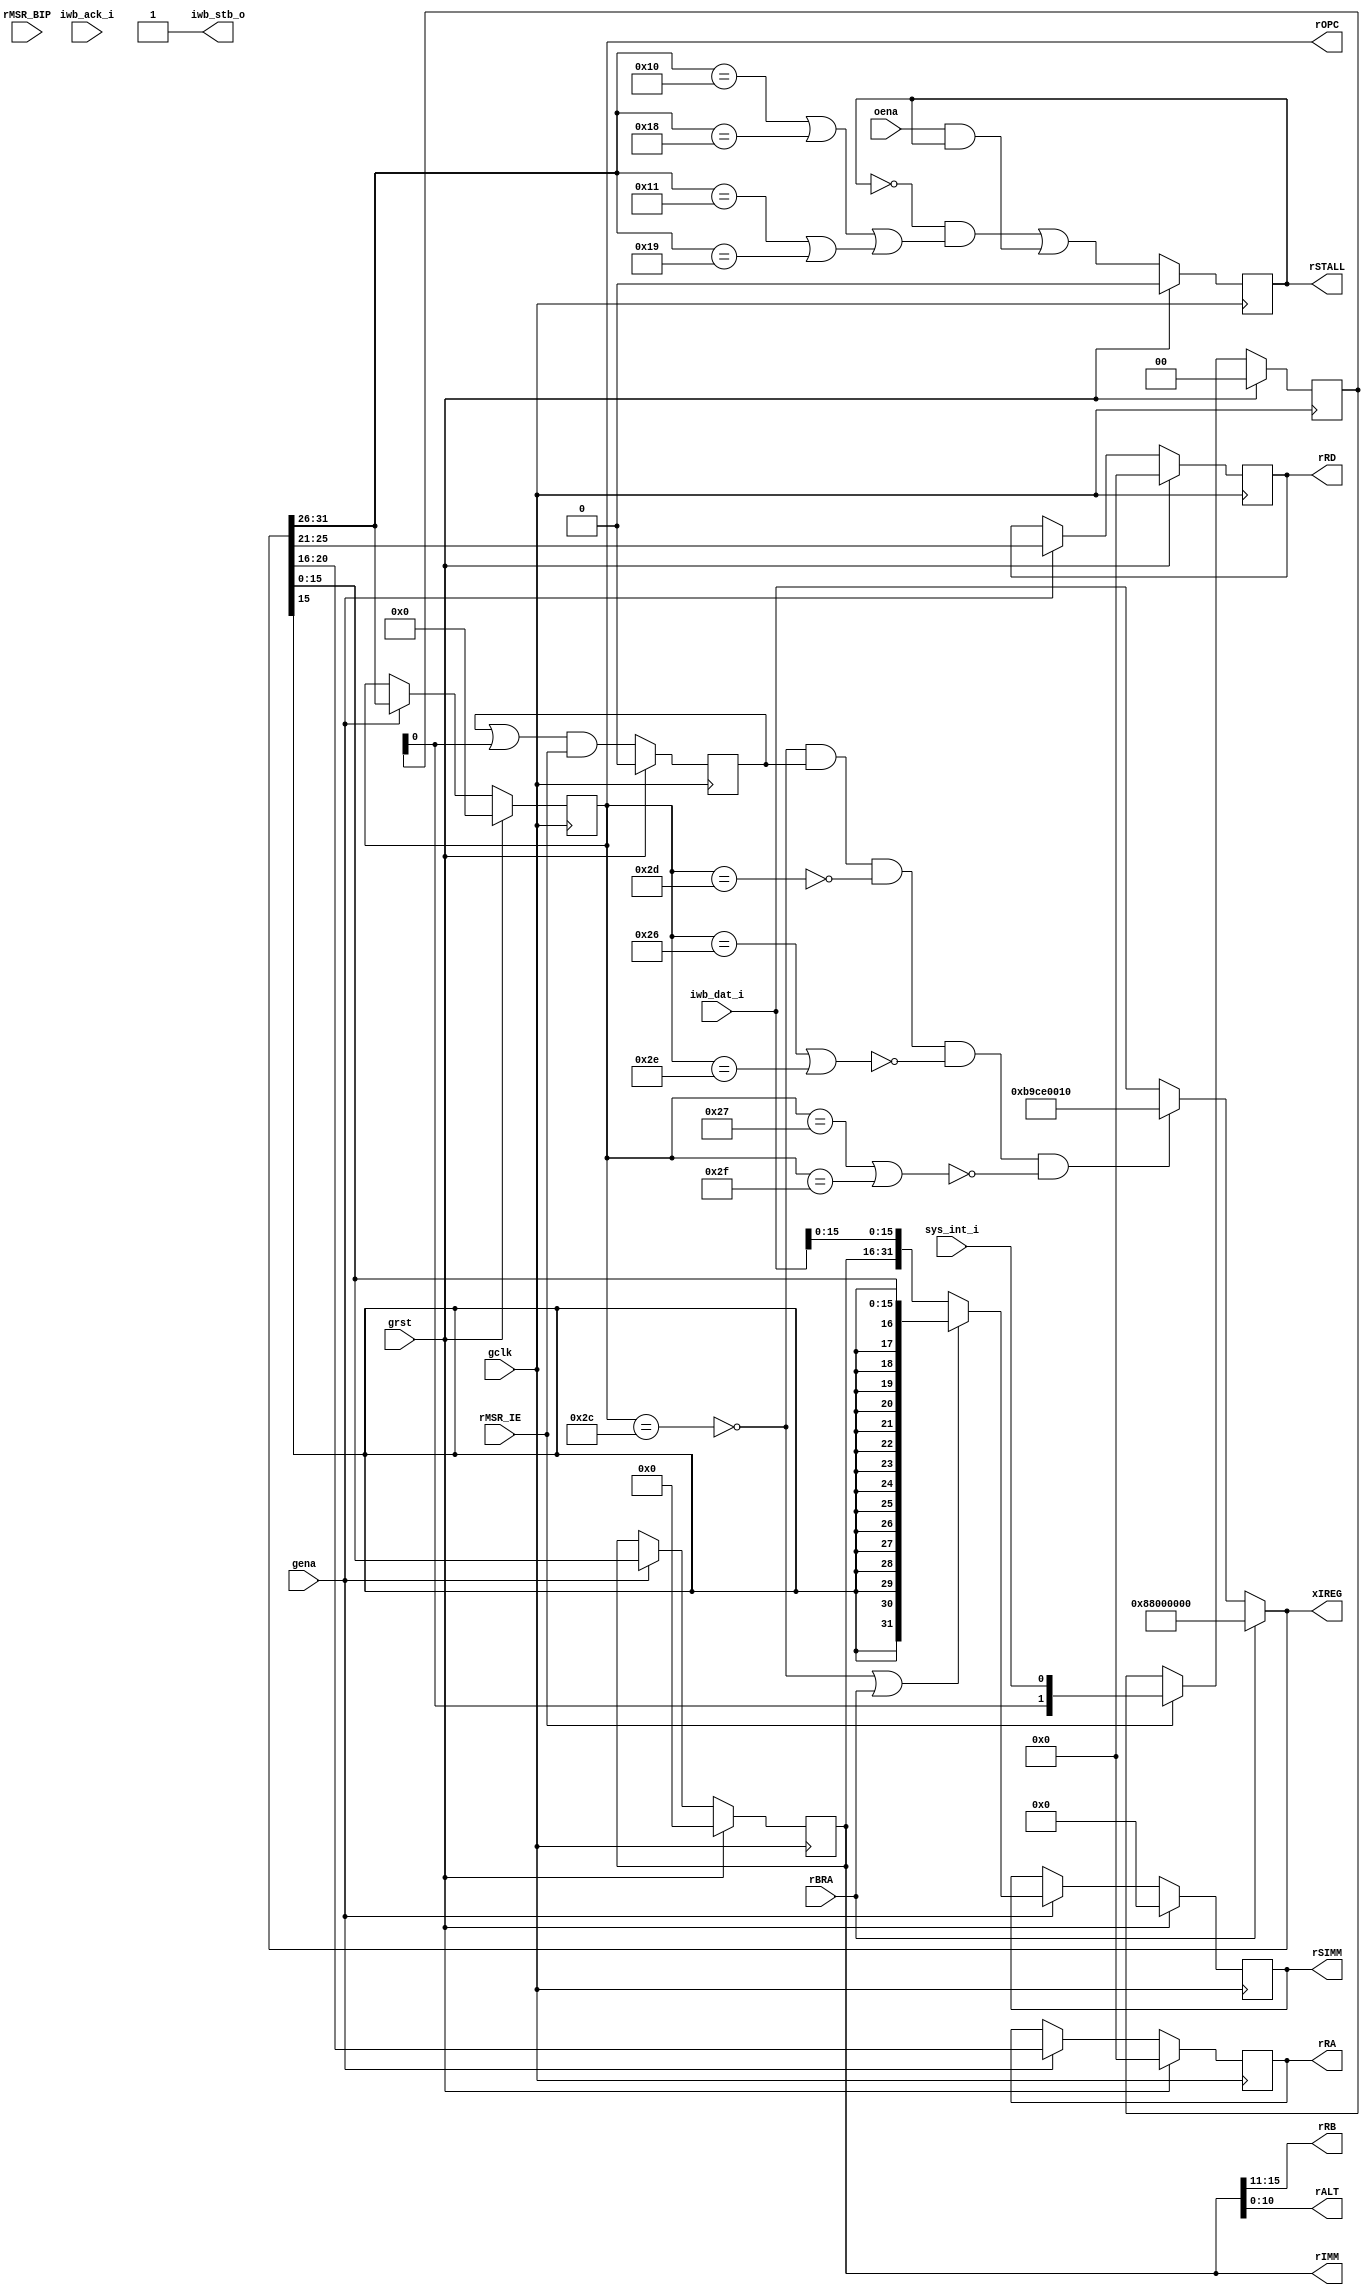
module aeMB_ibuf_1 (
   rIMM, rRA, rRD, rRB, rALT, rOPC, rSIMM, xIREG, rSTALL, iwb_stb_o,
   rBRA, rMSR_IE, rMSR_BIP, iwb_dat_i, iwb_ack_i, sys_int_i, gclk,
   grst, gena, oena
   );
   output [15:0] rIMM;
   output [4:0]  rRA, rRD, rRB;
   output [10:0] rALT;
   output [5:0]  rOPC;
   output [31:0] rSIMM;
   output [31:0] xIREG;
   output 	 rSTALL;   
   input 	 rBRA;
   input 	 rMSR_IE;
   input 	 rMSR_BIP;   
   output 	 iwb_stb_o;
   input [31:0]  iwb_dat_i;
   input 	 iwb_ack_i;
   input 	 sys_int_i;   
   input 	 gclk, grst, gena, oena;
   reg [15:0] 	 rIMM;
   reg [4:0] 	 rRA, rRD;
   reg [5:0] 	 rOPC;
   wire [31:0] 	 wIDAT = iwb_dat_i;
   assign 	 {rRB, rALT} = rIMM;   
   assign 	iwb_stb_o = 1'b1;
   reg [31:0] 	rSIMM, xSIMM;
   reg 		rSTALL;   
   wire [31:0] 	wXCEOP = 32'hBA2D0008; 
   wire [31:0] 	wINTOP = 32'hB9CE0010; 
   wire [31:0] 	wBRKOP = 32'hBA0C0018; 
   wire [31:0] 	wBRAOP = 32'h88000000; 
   wire [31:0] 	wIREG = {rOPC, rRD, rRA, rRB, rALT};   
   reg [31:0] 	xIREG;
   reg 		rFINT;
   reg [1:0] 	rDINT;
   wire 	wSHOT = rDINT[0];	
   always @(posedge gclk)
     if (grst) begin
	rDINT <= 2'h0;
	rFINT <= 1'h0;
     end else begin
	if (rMSR_IE)
	  rDINT <= #1 
		   {rDINT[0], sys_int_i};
	rFINT <= #1 
		 (rFINT | wSHOT) & rMSR_IE;
     end
   wire 	fIMM = (rOPC == 6'o54);
   wire 	fRTD = (rOPC == 6'o55);
   wire 	fBRU = ((rOPC == 6'o46) | (rOPC == 6'o56));
   wire 	fBCC = ((rOPC == 6'o47) | (rOPC == 6'o57));   
   always @(fBCC or fBRU or fIMM or fRTD or rBRA or rFINT
	    or wBRAOP or wIDAT or wINTOP) begin
      xIREG <= (rBRA) ? wBRAOP : 
	       (!fIMM & rFINT & !fRTD & !fBRU & !fBCC) ? wINTOP :
	       wIDAT;
   end
   always @(fIMM or rBRA or rIMM or wIDAT or xIREG) begin
      xSIMM <= (!fIMM | rBRA) ? { {(16){xIREG[15]}}, xIREG[15:0]} :
	       {rIMM, wIDAT[15:0]};
   end   
   always @(posedge gclk)
     if (grst) begin
	rIMM <= 16'h0;
	rOPC <= 6'h0;
	rRA <= 5'h0;
	rRD <= 5'h0;
	rSIMM <= 32'h0;
     end else if (gena) begin
	{rOPC, rRD, rRA, rIMM} <= #1 xIREG;
	rSIMM <= #1 xSIMM;	
     end
   wire [5:0] wOPC = xIREG[31:26];   
   wire       fMUL = (wOPC == 6'o20) | (wOPC == 6'o30);
   wire       fBSF = (wOPC == 6'o21) | (wOPC == 6'o31);   
   always @(posedge gclk)
     if (grst) begin
	rSTALL <= 1'h0;
     end else begin
	rSTALL <= #1 (!rSTALL & (fMUL | fBSF)) | (oena & rSTALL);	
     end
endmodule